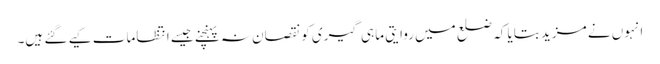
انہوں نے مزید بتایا کہ ضلع میں روایتی ماہی گیری کو نقصان نہ پہنچنے جیسے انتظامات کیے گئے ہیں۔